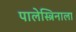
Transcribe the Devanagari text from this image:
पालेस्त्रिनाला